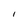
Character: i